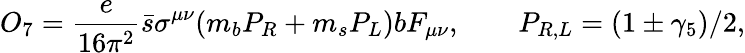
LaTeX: O_{7}=\frac{e}{16\pi^{2}}\bar{s}\sigma^{\mu\nu}(m_{b}P_{R}+m_{s}P_{L})bF_{\mu\nu},\qquad P_{R,L}=(1\pm\gamma_{5})/2,